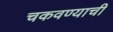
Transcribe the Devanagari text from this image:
चकवण्याची